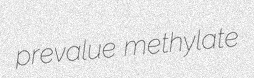
prevalue methylate